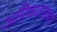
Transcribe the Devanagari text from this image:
अग्निचयनाचा